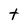
Character: t